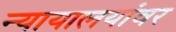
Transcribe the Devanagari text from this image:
न्यायालयांवर